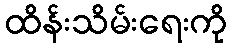
ထိန်းသိမ်းရေးကို